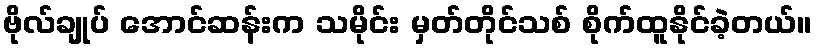
ဗိုလ်ချုပ် အောင်ဆန်းက သမိုင်း မှတ်တိုင်သစ် စိုက်ထူနိုင်ခဲ့တယ်။